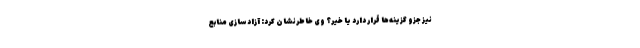
نیز جزو گزینه‌ها قرار دارد یا خیر؟ وی خاطرنشان کرد: آزادسازی منابع